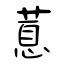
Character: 蒠